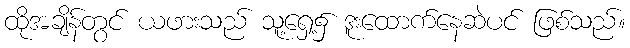
ထိုအချိန်တွင် ယဖားသည် သူ့ရှေ့၌ ဒူးထောက်နေဆဲပင် ဖြစ်သည်။